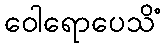
ဝေါရောပေသိံ